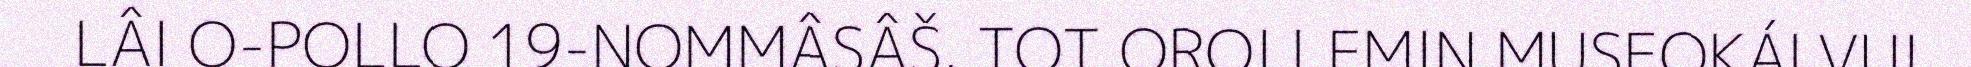
LÂI O-POLLO 19-NOMMÂSÂŠ. TOT OROI LEMIN MUSEOKÁLVU!